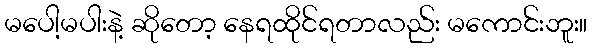
မပေါ့မပါးနဲ့ ဆိုတော့ နေရထိုင်ရတာလည်း မကောင်းဘူး။